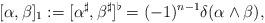
LaTeX: \begin{align*} [\alpha,\beta]_{1}:=[\alpha^{\sharp},\beta^{\sharp}]^{\flat}=(-1)^{n-1}\delta(\alpha\wedge\beta),\end{align*}